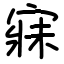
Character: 寐